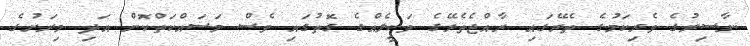
ނާސިރުގެ ވެރިކަމުގެ ތެރޭގައި ރާއްޖެތެރޭގެ ވަކީލެއްގެ ގޮތުގައި ވެސް މަސައްކަތްކޮށް އަދި މިރަށުގެ